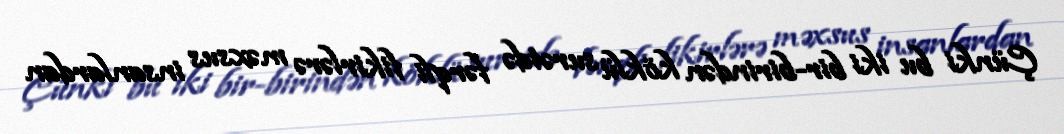
Çünki bu iki bir-birindən köklü surətdə fərqli fikirlərə məxsus insanlardan